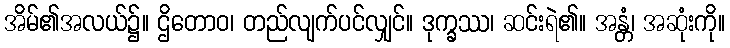
အိမ်၏အလယ်၌။ ဌိတောဝ၊ တည်လျက်ပင်လျှင်။ ဒုက္ခဿ၊ ဆင်းရဲ၏။ အန္တံ၊ အဆုံးကို။